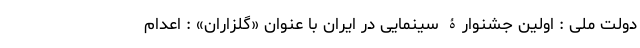
دولت ملی : اولین جشنوارۀ سینمایی در ایران با عنوان «گلزاران» : اعدام